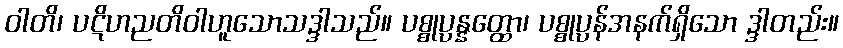
ဝါတိ၊ ပဋိဟညတိဝါဟူသောသဒ္ဒါသည်။ ပစ္စုပ္ပန္နတ္ထော၊ ပစ္စုပ္ပန်အနက်ရှိသော ဒ္ဒါတည်း။